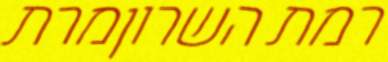
רמת השרוןמרת